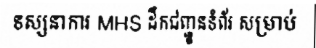
ទស្សនាការ MHS ដឹកជញ្ជូនទំព័រ សម្រាប់